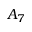
A _ { 7 }